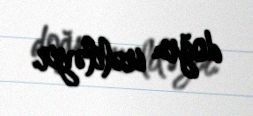
doğru irəliləyir.